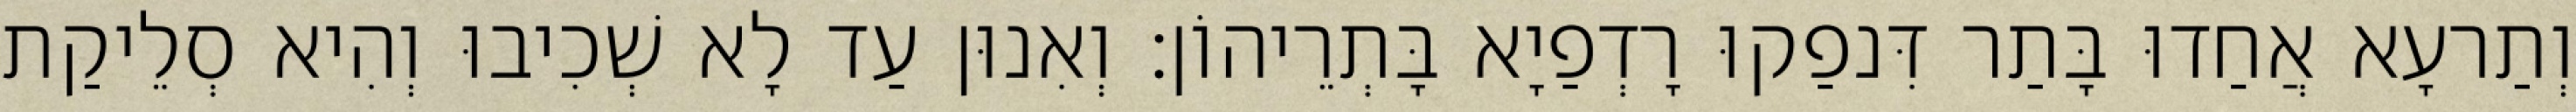
וְתַרעָא אֲחַדוּ בָּתַר דִּנפַקוּ רָדְפַיָא בָּתְרֵיהוֹן׃ וְאִנוּן עַד לָא שְׁכִיבוּ וְהִיא סְלֵיקַת